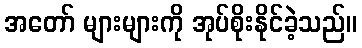
အတော် များများကို အုပ်စိုးနိုင်ခဲ့သည်။